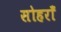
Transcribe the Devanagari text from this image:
सोहराँ